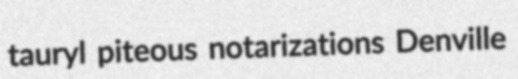
tauryl piteous notarizations Denville